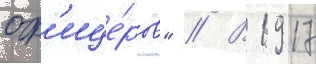
оф'ице́ров" // В 1917